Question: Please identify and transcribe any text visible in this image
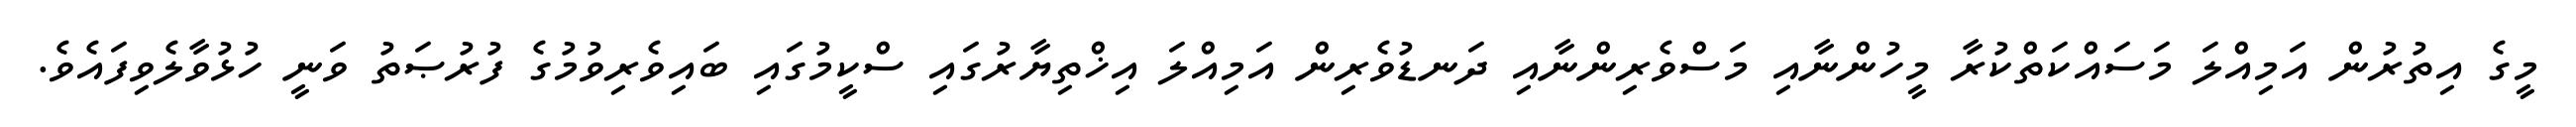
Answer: މީގެ އިތުރުން އަމިއްލަ މަސައްކަތްކުރާ މީހުންނާއި މަސްވެރިންނާއި ދަނޑުވެރިން އަމިއްލަ އިޚްތިޔާރުގައި ސްކީމުގައި ބައިވެރިވުމުގެ ފުރުޞަތު ވަނީ ހުޅުވާލެވިފައެވެ.